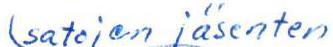
(satojen jäsenten